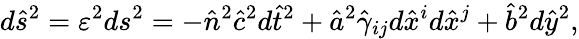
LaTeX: d\hat{s}^{2}=\varepsilon^{2}ds^{2}=-\hat{n}^{2}\hat{c}^{2}d\hat{t}^{2}+\hat{a}^{2}\hat{\gamma}_{ij}d\hat{x}^{i}d\hat{x}^{j}+\hat{b}^{2}d\hat{y}^{2},